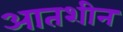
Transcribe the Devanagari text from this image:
आतशीन